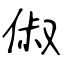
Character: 俶